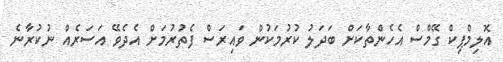
އޮލިމްޕިކް ގޭމްސް އެހެންތާކަށް ބަދަލު ކުރުމަކުން ވައިރަސް ފެތުރުމަށް އެދެވޭ އަސަރެއް ނުކުރާނެ